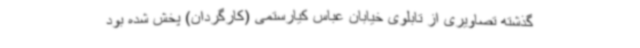
گذشته تصاویری از تابلوی خیابان عباس کیارستمی (کارگردان) پخش شده بود